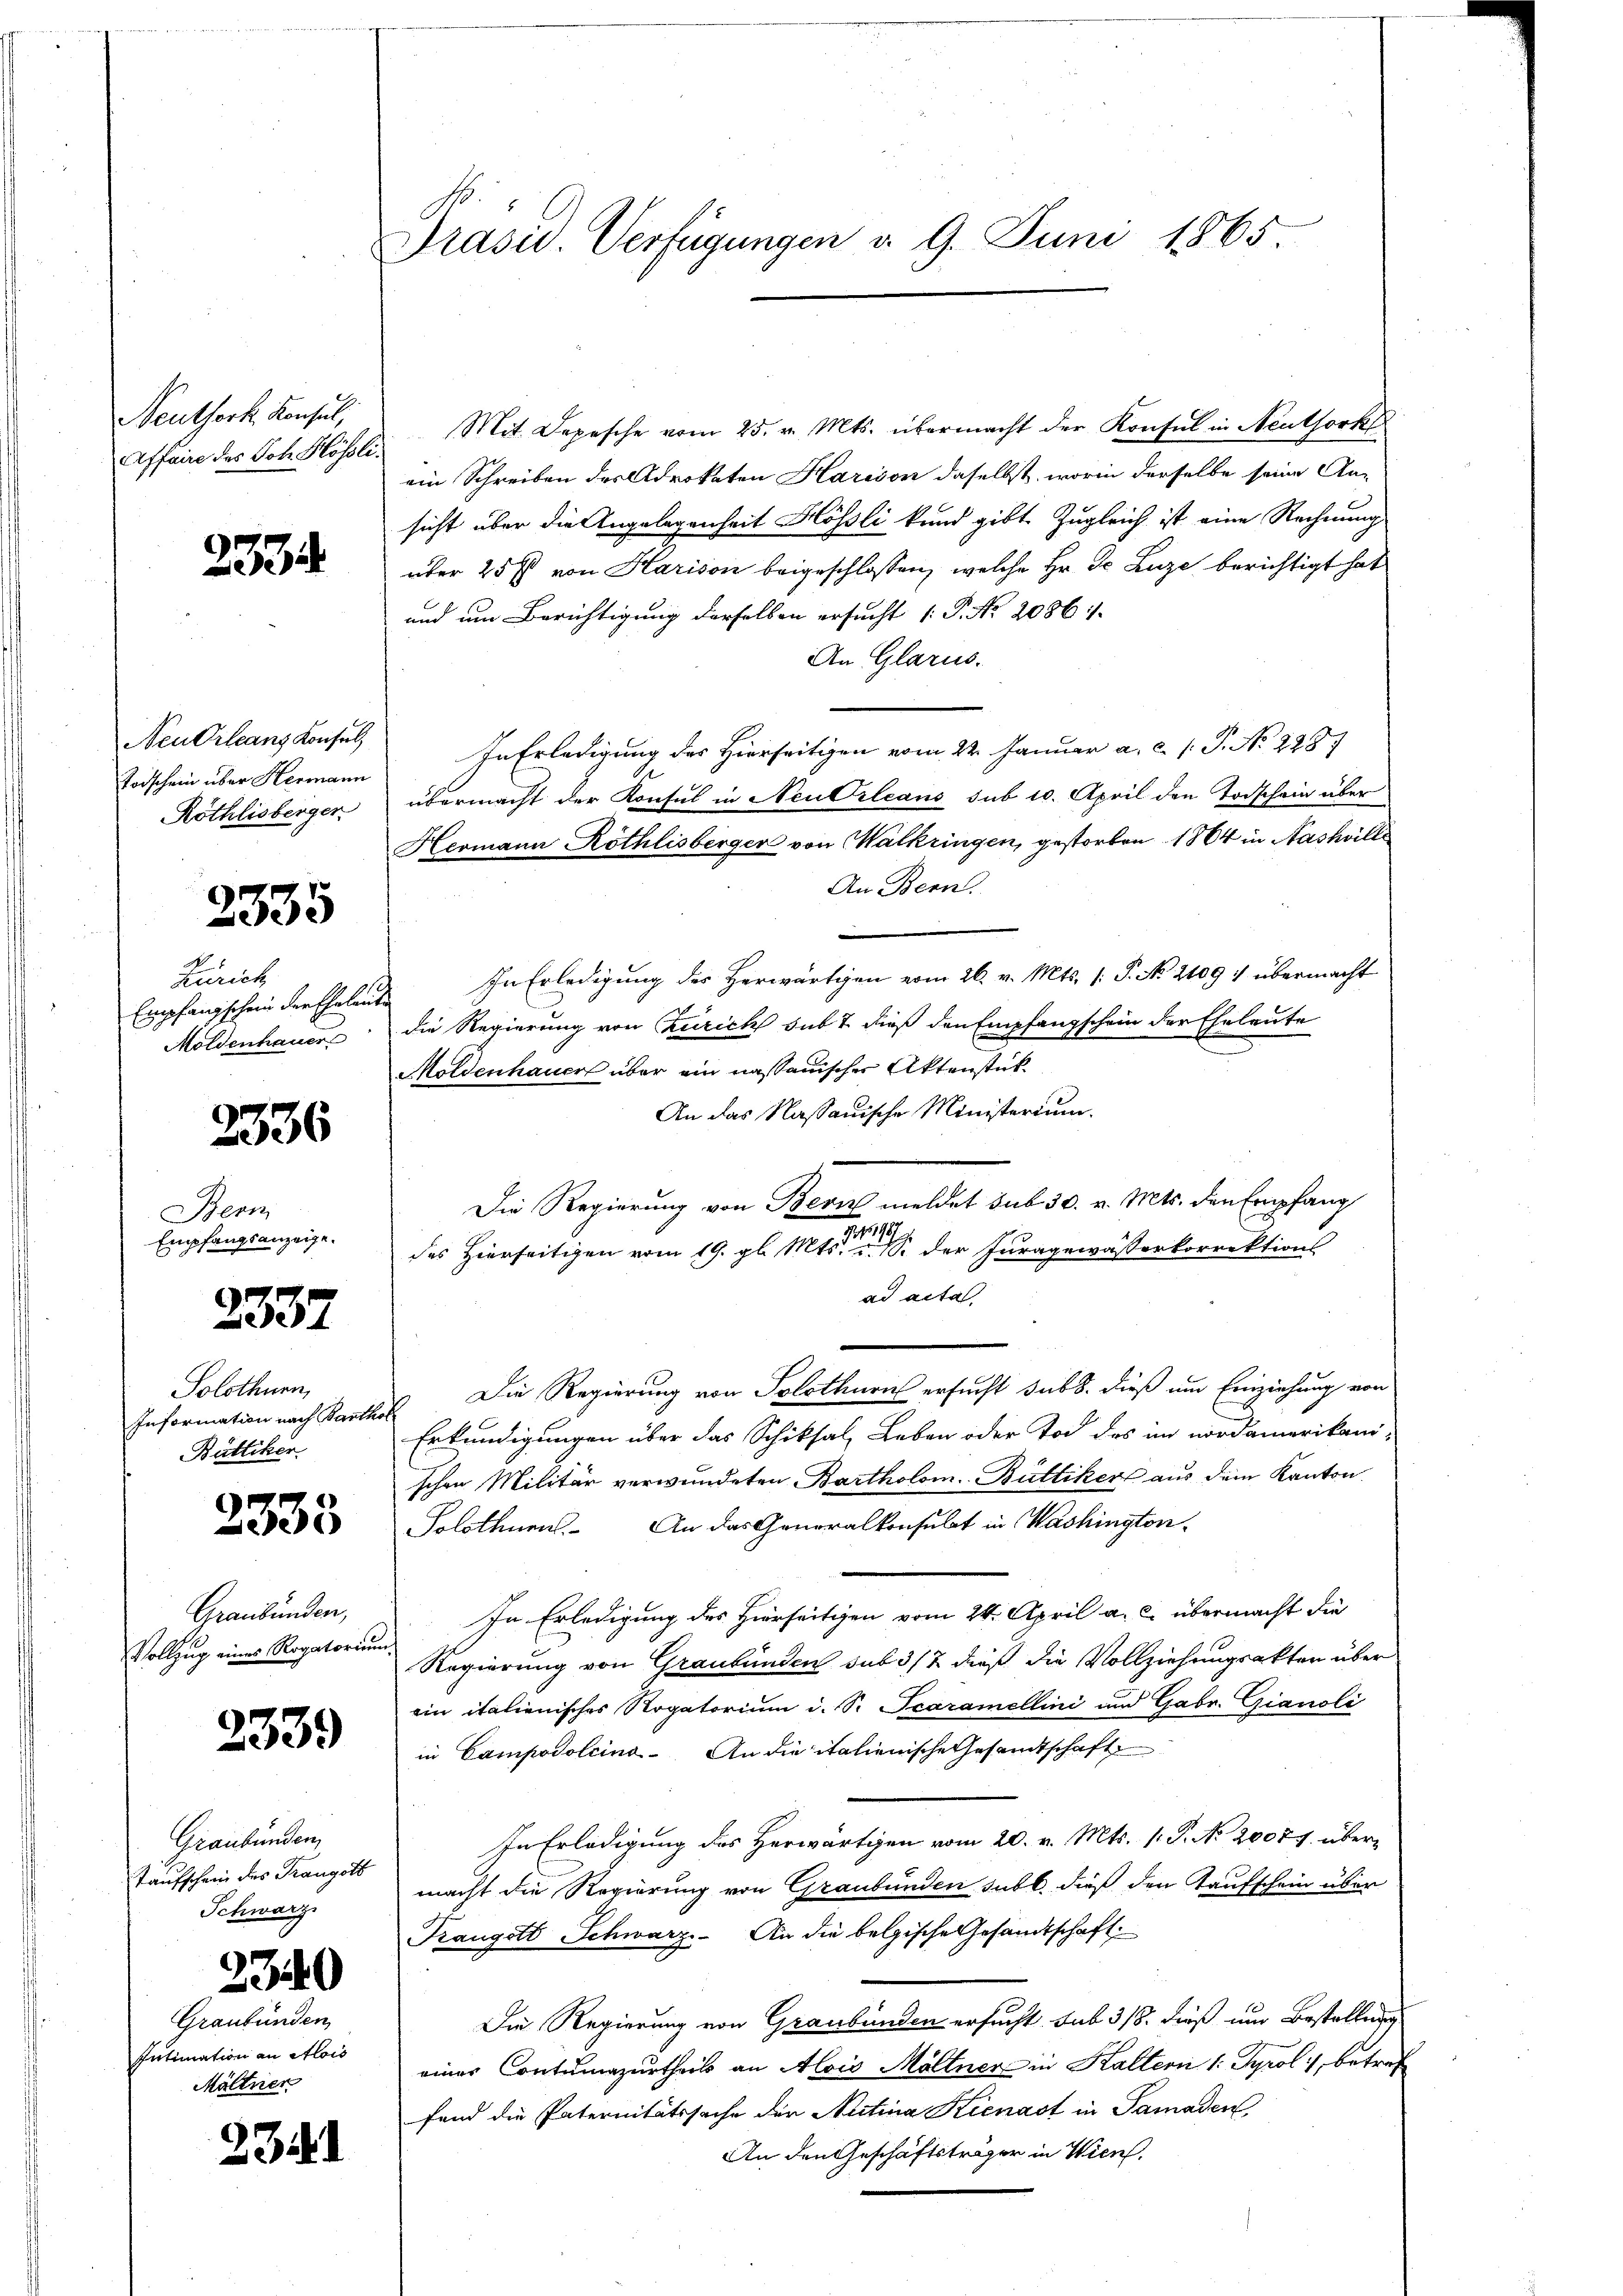
Neuthork Konsul,
Affaire des Joh. Hösli

2334

Neu Orleans Konsul
Toischein über Hermann
Röthlisberger

2335

Zürich
Empfangschein der Eheleute
Moldenhauer

2336

Bern
Empfangsanzeige.

2337

Solothurn,
Information nach Barthol
Büttiker

2335

Graubünden,
Vollzug eines Rogatorium.

2339

Graubünden,
Taufschrein des Trangott
Schwarz

2340

Graubünden
Intimation an Alois
Möltner

2341

Präsid. Verfügungen d. 9. Juni 1865

Mit Depesche vom 25. v. Mts. übermacht der Konsul in Neuthork
ein Schreiben des Advokaten Harison daselbst, worin derselbe seine An-
sicht über die Angelegenheit Hösli kund gibt Zugleich ist eine Rechnung
über 25 f von Harison beigeschlossen, welche Hr. Dr. Luze berichtigt hat
und um Berichtigung derselben ersucht (P. Nr. 2086.
An Glarus.
In Erledigung des Hierseitigen vom 22. Januar a. c. /: P. No 228.
übermacht der Konsul in Neu Orleans sub 10. April den Todschein über
Hermann Röthlisberger von Walkringen, gestorben 1864 in Nashville
An Bern.
In Erledigung des Herwärtigen vom 26. v. Mts. (: P. No. 2109: übermacht
die Regierung von Zürich sub t dieß den Empfangschein der Eheleute
Moldenhauer über ein nassauischer Aktenstück¬
An das Nassauische Ministerium.
Die Regierung von Bern meldet sub 30. v. Mts. den Empfang
1
des Hierseitigen vom 19. gl. Mts. v. S. der Juragewässerkorrektions
ad acta
 Die Regierung von Solothurn ersucht sub 8. dieß um Einziehung von
Erkundigungen über das Schiksal, Leben oder Tod des im nordamerikani-
schen Militär verwundeten Bartholom. Büttiker aus dem Kanton
Solothnen. An das Generalkonsulat in Washington-
In Erledigung des Hierseitigen vom 24. April a. c. übermacht die
Regierung von Graubünden sub 3/2 dieß die Vollziehungsakten über
ein italienisches Rogatorium d. S. Scaramellini und Gebr. Gianoli
in Campodolcino. An die italienische Gesandtschaft
In Erledigung des Herwärtigen vom 20. v. Mts. 1. P. No. 20074. übermacht die Regierung von Graubünden subt, dieß den Kaufschein über
Trangott Schwarz. An die belgische Gesandtschaft
Die Regierung von Graubünden ersucht sub 318. dieß nur Bestellung
einer Contumazurtheils an Alois Möltner in Kaltern 1: Tyrol, betref
fand die Paternitätssache der Nutina Kienast in Samaden,
An den Geschäftsträger in Wien.